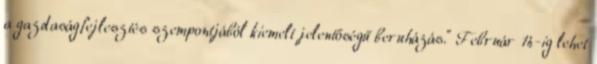
a gazdaságfejlesztés szempontjából kiemelt jelentőségű beruházás." Február 14-ig lehet